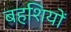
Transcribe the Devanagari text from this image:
बहशियों